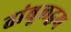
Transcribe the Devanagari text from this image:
तांबूलद्वय